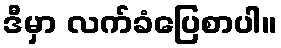
ဒီမှာ လက်ခံပြေစာပါ။